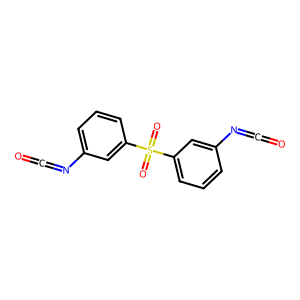
SMILES: O=C=Nc1cccc(S(=O)(=O)c2cccc(N=C=O)c2)c1
Inhibits HIV replication: No